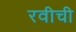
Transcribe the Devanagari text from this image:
रवीची